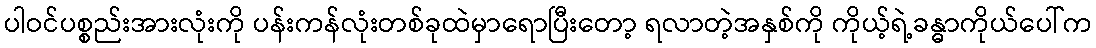
ပါဝင်ပစ္စည်းအားလုံးကို ပန်းကန်လုံးတစ်ခုထဲမှာရောပြီးတော့ ရလာတဲ့အနှစ်ကို ကိုယ့်ရဲ့ခန္ဓာကိုယ်ပေါ်က